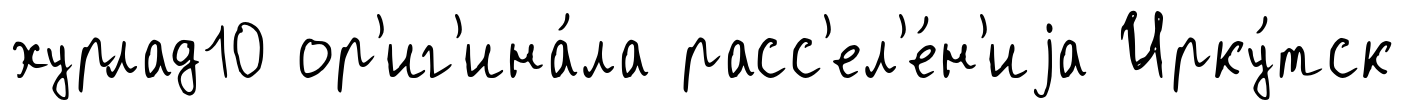
хурлад10 ор'иг'ина́ла расс'ел'е́н'иjа Ирку́тск